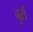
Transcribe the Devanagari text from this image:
बुर्रौ